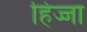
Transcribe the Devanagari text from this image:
हिज्जा